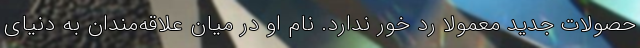
حصولات جدید معمولا رد خور ندارد. نام او در میان علاقه‌مندان به دنیای